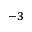
^ { - 3 }